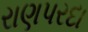
રાણપરદા